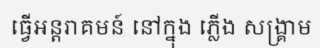
ធ្វើអន្តរាគមន៍ នៅក្នុង ភ្លើង សង្គ្រាម